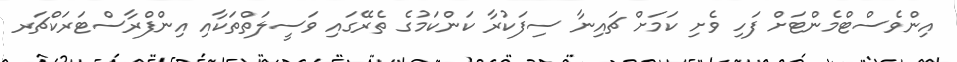
އިންވެސްޓްމެންޓަށް ފަހި ވެށި ކަމަށް ޗައިނާ ސިފަކުރާ ކަންކަމުގެ ތެރޭގައި ވަސީލަތްތަކާއި އިންފްރާސްޓަރަކްޗަރ